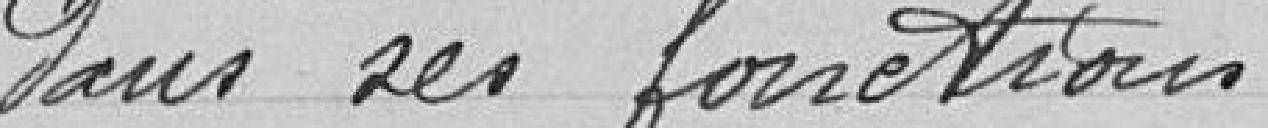
dans ses fonctions.